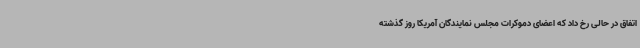
اتفاق در حالی رخ داد که اعضای دموکرات مجلس نمایندگان آمریکا روز گذشته